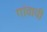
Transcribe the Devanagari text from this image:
गांवाची